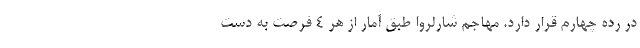
در رده چهارم قرار دارد. مهاجم شارلروا طبق آمار از هر 4 فرصت به دست